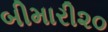
બીમારી૨૦